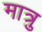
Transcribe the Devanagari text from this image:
मात्रु